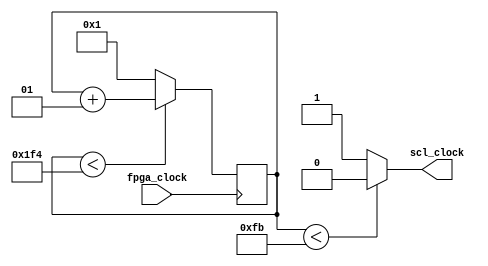
// Master SCL generator to generate 100KHz SCL
module master_scl_generator(
    fpga_clock,
    scl_clock
);
    input fpga_clock;
    output scl_clock;
    integer count = 0;

    always @(posedge fpga_clock)
        if (count < 500)
            count <= count + 1;
        else
            count <= 1;

    assign scl_clock = (count < 251) ? 0 : 1;
endmodule

// SCL buffer to control SCL transmission
module scl_buf(
    mast_scl_en,
    master_scl,
    mast_scl_out
);
    input mast_scl_en;
    input master_scl;
    output mast_scl_out;

    bufif1 b111(mast_scl_out, master_scl, mast_scl_en);
endmodule